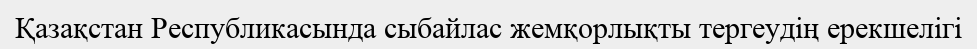
Қазақстан Республикасында сыбайлас жемқорлықты тергеудің ерекшелігі